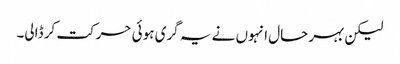
لیکن بہرحال انہوں نے یہ گری ہوئی حرکت کر ڈالی۔